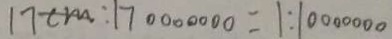
1 7 c m : 1 7 0 0 0 0 0 0 0 = 1 : 1 0 0 0 0 0 0 0